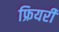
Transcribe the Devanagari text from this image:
फ्रियरी